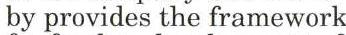
by provides the framework